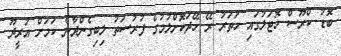
ބޮޑު ކްރޫސް ހޮޓަލުގައި ހަތަރު ރޭ ހޭދަކޮށްލުމުގެ ފުރުސަތު ލިބިގެންދާނެ ކަމަށް އުރީދޫ